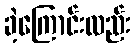
ခဲ့ကြောင်းလည်း